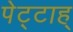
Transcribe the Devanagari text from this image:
पेट्टाह्